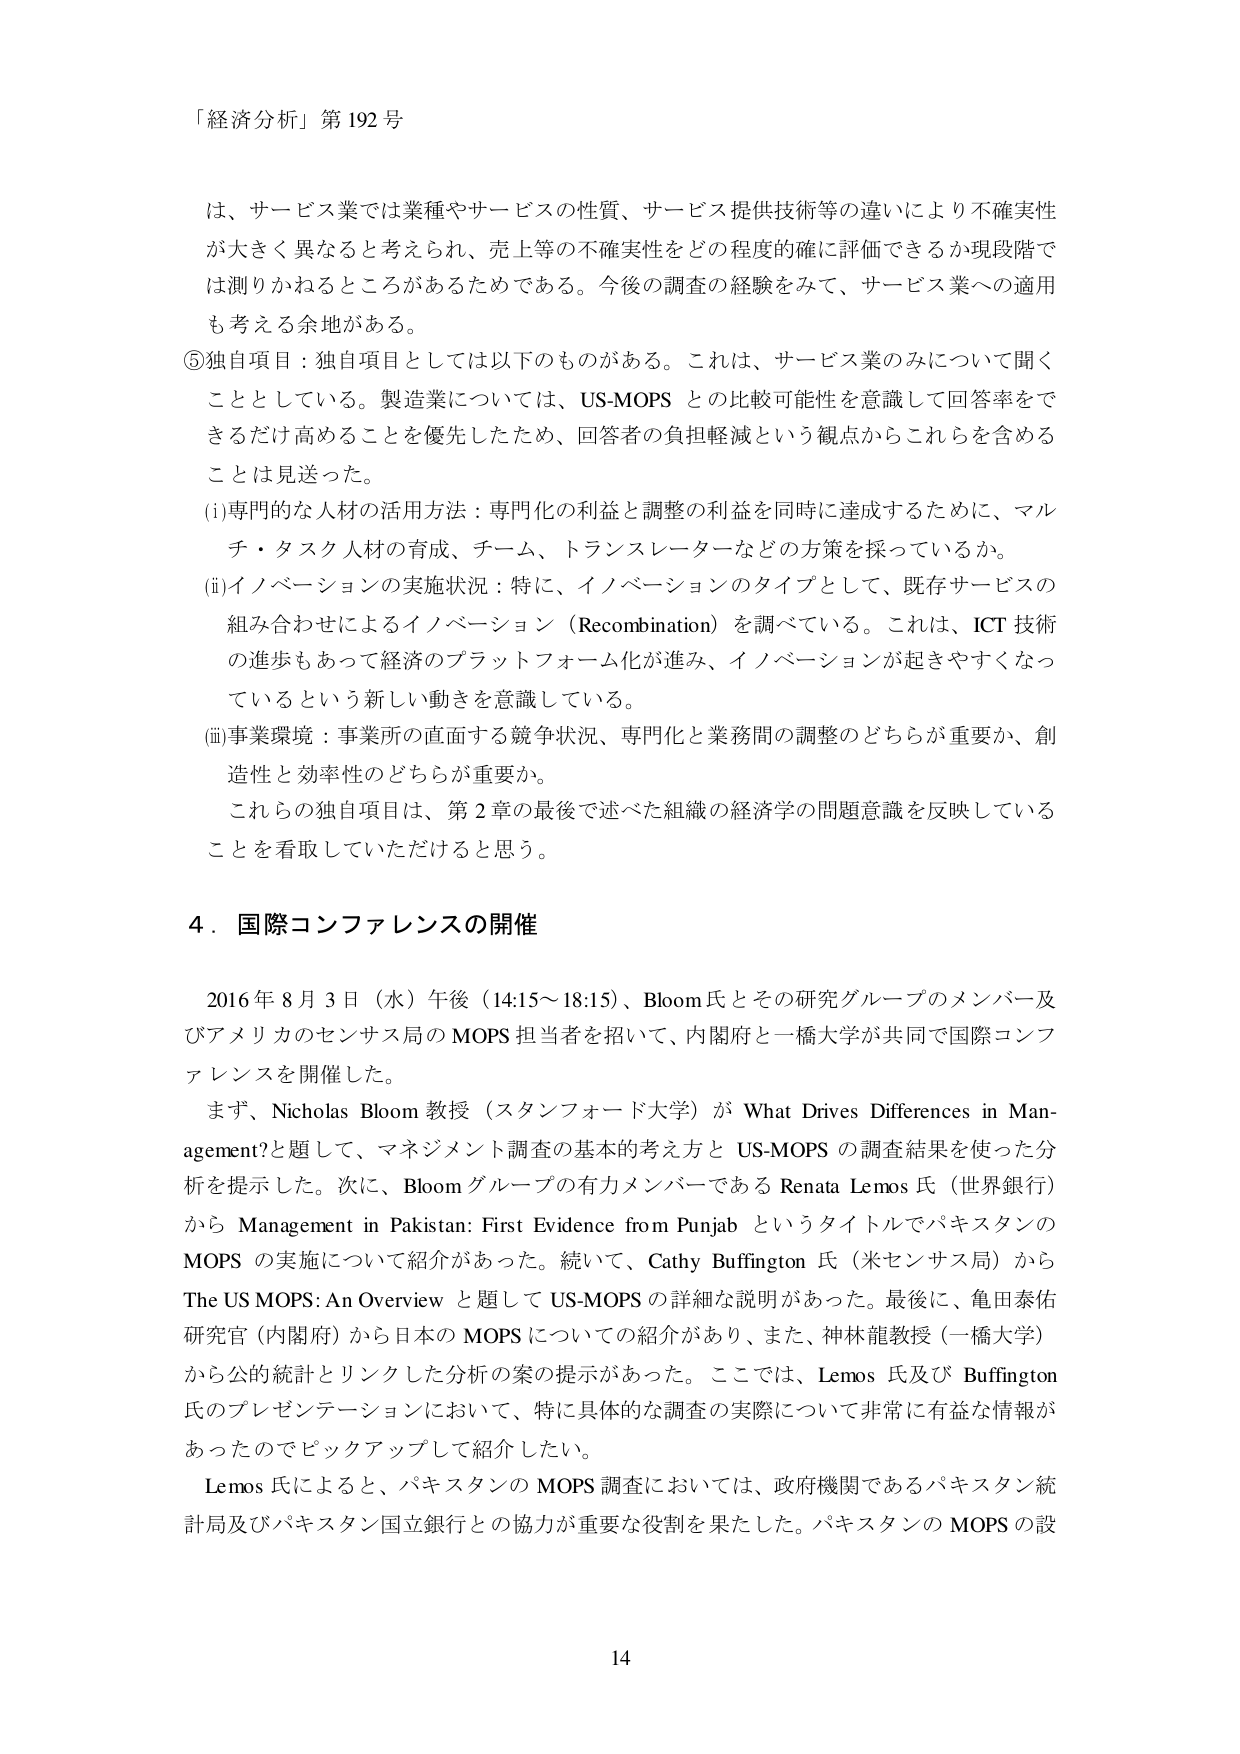
「経済分析」第192号

は、サービス業では業種やサービスの性質、サービス提供技術等の違いにより不確実性が大きく異なると考えられ、売上等の不確実性をどの程度の確に評価できるか現段階では測りかねるところがあるためである。今後の調査の経験をみて、サービス業への適用も考える余地がある。

⑤独自項目：独自項目としては以下のものがある。これは、サービス業のみについて聞くこととしている。製造業については、US-MOPS との比較可能性を意識して回答率をできるだけ高めることを優先したため、回答者の負担軽減という観点からこれらを含めることは見送った。

(i)専門的な人材の活用方法：専門化の利益と調整の利益を同時に達成するために、マルチ・タスク人材の育成、チーム、トランスレーターなどの方策を採っているか。

(ii)イノベーションの実施状況：特に、イノベーションのタイプとして、既存サービスの組み合わせによるイノベーション（Recombination）を調べている。これは、ICT 技術の進歩もあって経済のプラットフォーム化が進み、イノベーションが起きやすくなっているという新しい動きを意識している。

(iii)事業環境：事業所の直面する競争状況、専門化と業務間の調整のどちらが重要か、創造性と効率性のどちらが重要か。

これらの独自項目は、第2章の最後で述べた組織の経済学の問題意識を反映していることを見取していただけると思う。

4．国際コンファレンスの開催

2016年8月3日（水）午後（14:15～18:15）、Bloom氏とその研究グループのメンバー及びアメリカのセンサス局のMOPS担当者を招いて、内閣府と一橋大学が共同で国際コンファレンスを開催した。

まず、Nicholas Bloom教授（スタンフォード大学）が What Drives Differences in Management?と題して、マネジメント調査の基本的考え方と US-MOPS の調査結果を使った分析を提示した。次に、Bloomグループの有力メンバーである Renata Lemos氏（世界銀行）から Management in Pakistan: First Evidence from Punjab というタイトルでパキスタンのMOPSの実施について紹介があった。続いて、Cathy Buffington氏（米センサス局）から The US MOPS: An Overview と題して US-MOPS の詳細な説明があった。最後に、亀田泰佑研究官（内閣府）から日本のMOPSについての紹介があり、また、神林龍教授（一橋大学）から公的統計とリンクした分析の案の提示があった。ここでは、Lemos氏及びBuffington氏のプレゼンテーションにおいて、特に具体的な調査の実際について非常に有益な情報があったのでピックアップして紹介したい。

Lemos氏によると、パキスタンのMOPS調査においては、政府機関であるパキスタン統計局及びパキスタン国立銀行との協力が重要な役割を果たした。パキスタンのMOPSの設

14